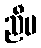
ညီမ